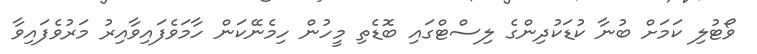
ވޯޓުލި ކަމަށް ބުނާ ކުޑަކުދިންގެ ލިސްޓްގައި ބޮޑެތި މީހުން ހިމެނޭކަން ހާމަވެފައިވާއިރު މަރުވެފައިވާ